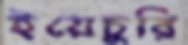
ইয়েচুরি